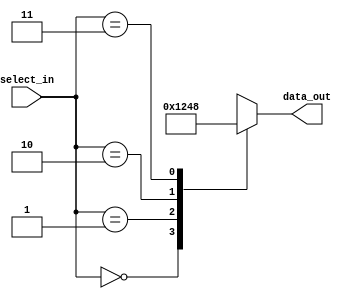
module decoder_2to4(
    input [1:0] select_in, // Select input
    output reg [3:0] data_out // Decoded output
    );
    
    always @* begin
        case(select_in)
            2'b00: data_out = 4'b0001; // Output at index 0
            2'b01: data_out = 4'b0010; // Output at index 1
            2'b10: data_out = 4'b0100; // Output at index 2
            2'b11: data_out = 4'b1000; // Output at index 3
            default: data_out = 4'bxxxx; // Invalid input, outputs all 'x'
        endcase
    end
    
endmodule